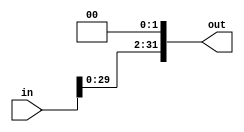
// This program was cloned from: https://github.com/neelkshah/MIPS-Processor
// License: GNU General Public License v3.0

module LeftShift(out, in);
	input [31:0] in;
	output [31:0] out;
	assign out = {in[29:0], 1'b0, 1'b0};
endmodule